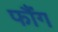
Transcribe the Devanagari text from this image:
फौंग